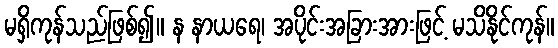
မရှိကုန်သည်ဖြစ်၍။ န နာယရေ၊ အပိုင်းအခြားအားဖြင့် မသိနိုင်ကုန်။